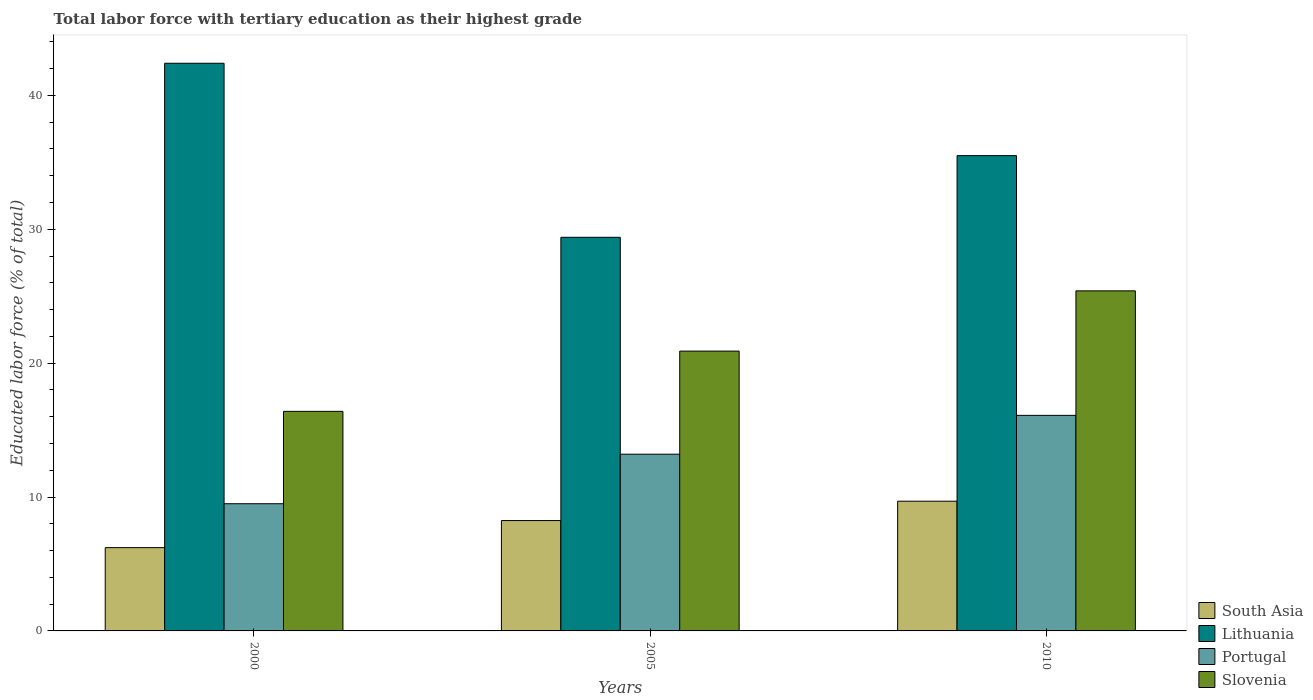
| Years | South Asia | Lithuania | Portugal | Slovenia |
 | --- | --- | --- | --- | --- |
 | 2000 | 6.22 | 42.4 | 9.5 | 16.4 |
 | 2005 | 8.24 | 29.4 | 13.2 | 20.9 |
 | 2010 | 9.69 | 35.5 | 16.1 | 25.4 |